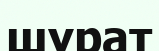
шұрат